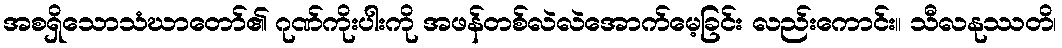
အစရှိသောသံဃာတော်၏ ဂုဏ်ကိုးပါးကို အဖန်တစ်လဲလဲအောက်မေ့ခြင်း လည်းကောင်း။ သီလနုဿတိ၊